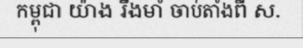
កម្ពុជា យ៉ាង រឹងមាំ ចាប់តាំងពី ស.